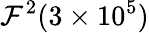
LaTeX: \mathcal{F}^{2}(3\times10^{5})